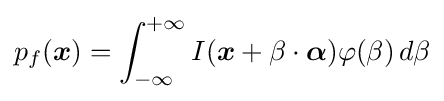
p_{f}({\boldsymbol {x}})=\int _{-\infty }^{+\infty }I({\boldsymbol {x}}+\beta \cdot {\boldsymbol {\alpha }})\varphi (\beta )\,d\beta